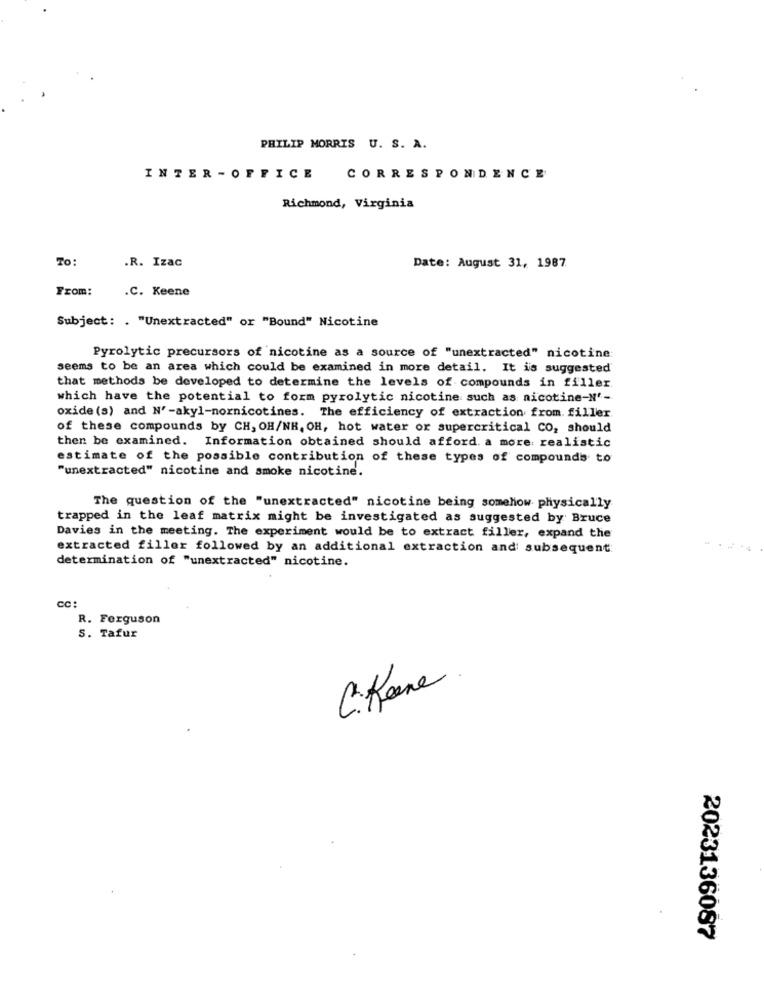
PHILIP MORRIS U. S. A.
INTER -OFFICE CORRESPONDENCE
Richmond, Virginia
To:
.R. Izac
Date: August 31, 1987
From:
.C. Keene
Subject: . "Unextracted" or "Bound" Nicotine
Pyrolytic precursors of nicotine as a source of "unextracted" nicotine
seems to be an area which could be examined in more detail. It is suggested
that methods be developed to determine the levels of compounds in filler
which have the potential to form pyrolytic nicotine such as nicotine-N'-
oxide (s) and N'-akyl-nornicotines. The efficiency of extraction from. filler
of these compounds by CH, OH/NR. OH, hot water or supercritical CO, should
then be examined. Information obtained should afford. a more realistic
estimate of the possible contribution of these types of compounds to
"unextracted" nicotine and smoke nicotine.
The question of the "unextracted" nicotine being somehow physically
trapped in the leaf matrix might be investigated as suggested by Bruce
Davies in the meeting. The experiment would be to extract filler, expand the
extracted filler followed by an additional extraction and subsequent
determination of "unextracted" nicotine.
cc:
R. Ferguson
S. Tafur
C. Kane.
2023136087